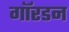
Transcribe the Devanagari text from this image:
गॉरडन